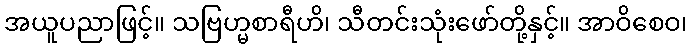
အယူပညာဖြင့်။ သဗြဟ္မစာရီဟိ၊ သီတင်းသုံးဖော်တို့နှင့်။ အာဝိစေဝ၊